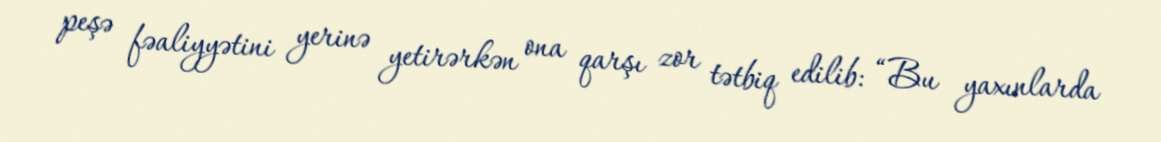
peşə fəaliyyətini yerinə yetirərkən ona qarşı zor tətbiq edilib: “Bu yaxınlarda